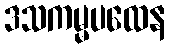
ဒသကမ္မပထေန